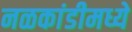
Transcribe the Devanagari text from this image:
नळकांडीमध्ये